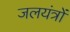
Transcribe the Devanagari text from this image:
जलयंत्रों